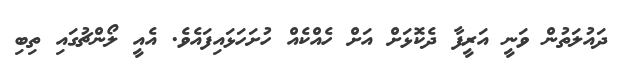
ދައުލަތުން ވަނީ އަރީފާ ދެކޮޅަށް އަށް ހެއްކެއް ހުށަހަޅައިފައެވެ. އެއީ ލޯންޗުގައި ތިބި